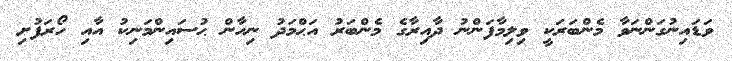
ވަޑައިނުގަންނަވާ މެންބަރަކީ ވިލިމާފަންނު ދާއިރާގެ މެންބަރު އަޙްމަދު ނިހާން ޙުސައިންމަނިކު އާއި ހޯރަފުށި